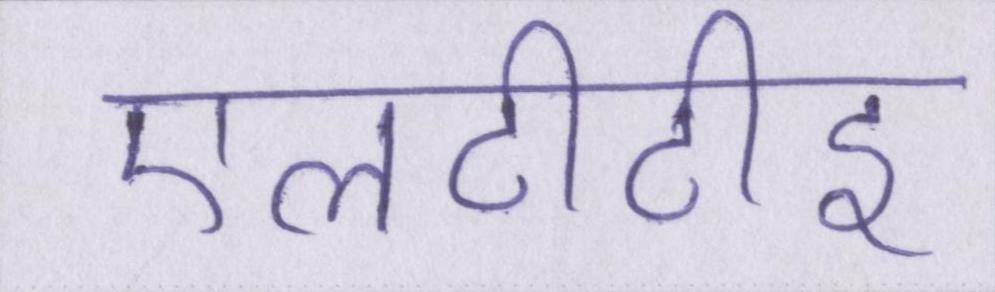
एलटीटीइ